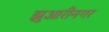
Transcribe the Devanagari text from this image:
झुआरीनगर